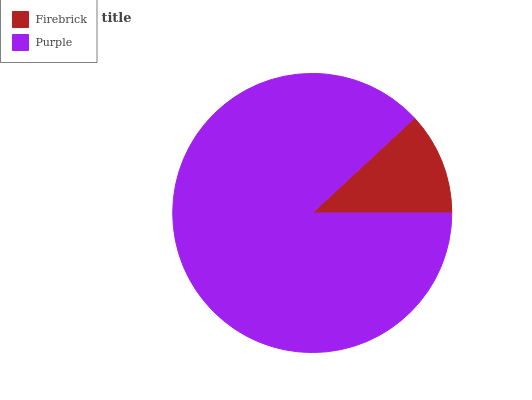
| Firebrick | Purple |
 | --- | --- |
 | 11.9% | 88.1% |